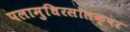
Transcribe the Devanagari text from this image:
पलामुधिरसोलक्षर